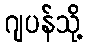
ဂျပန်သို့